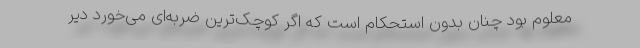
معلوم بود چنان بدون استحکام است که اگر کوچک‌ترین ضربه‌ای می‌خورد دیر